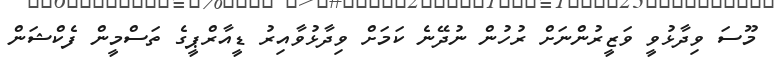
މޫސަ ވިދާޅުވީ ވަޒީރުންނަށް ރުހުން ނުދޭނެ ކަމަށް ވިދާޅުވާއިރު ޑީއާރްޕީގެ ތަސްމީން ފެކްޝަން